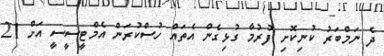
ދެ ނަމްބަރު ކުނިކޮށި ފުރުމާ ގުޅިގެން އެތައް ހުސްކުރަން އެމްޓީސީސީ އަށް 21